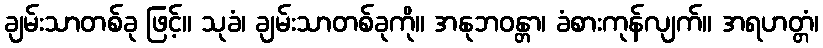
ချမ်းသာတစ်ခု ဖြင့်။ သုခံ၊ ချမ်းသာတစ်ခုကို။ အနုဘဝန္တာ၊ ခံစားကုန်လျက်။ အရဟတ္တံ၊